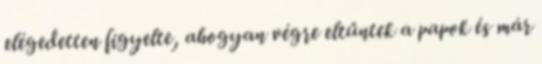
elégedetten figyelte, ahogyan végre eltűntek a papok és már